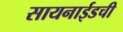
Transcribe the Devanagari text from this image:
सायनाईडची